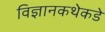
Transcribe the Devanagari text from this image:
विज्ञानकथेकडे